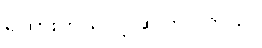
ရှိထားတယ်လို့ ဆိုကြပါတယ်။